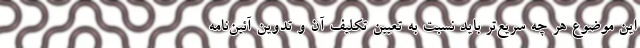
این موضوع هر چه سریع‌تر باید نسبت به تعیین تکلیف آن و تدوین آئین‌نامه